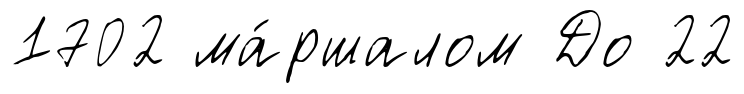
1702 ма́ршалом До 22